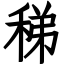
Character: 稊